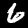
Label: 6